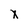
Character: x